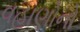
વહાણોનો